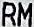
RM